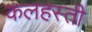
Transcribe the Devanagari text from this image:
कलहस्ती